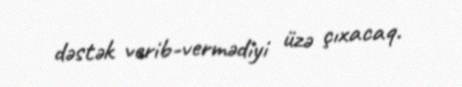
dəstək verib-vermədiyi üzə çıxacaq.